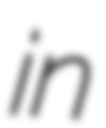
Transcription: in